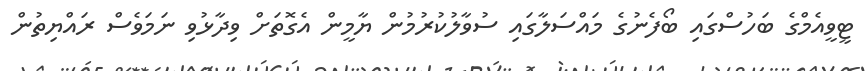
ޓީވީއެމްގެ ބަހުސްގައި ބޯފެނުގެ މައްސަލާގައި ސުވާލުކުރުމުން ޔާމީން އެގޮތަށް ވިދާޅުވި ނަމަވެސް ރައްޔިތުން